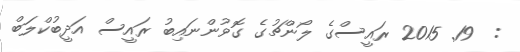
:  19